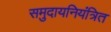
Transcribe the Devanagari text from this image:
समुदायनियंत्रित